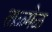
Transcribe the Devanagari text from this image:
ताळ्मेळ